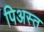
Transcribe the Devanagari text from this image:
पिअस्त